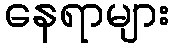
နေရာများ